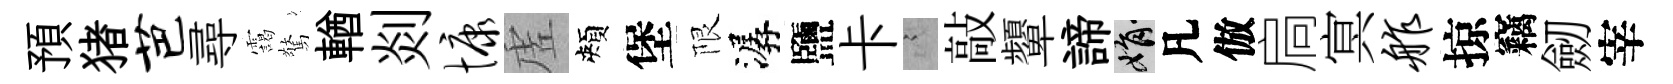
預猪芭尋靄驚輶剡慷虗頰堡限潺鹽卡謭敲顰諦娟凡倣扃㝠舴掠竊劒宰